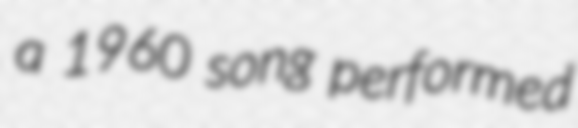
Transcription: a 1960 song performed